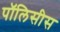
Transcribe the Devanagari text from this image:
पॉलिसीस